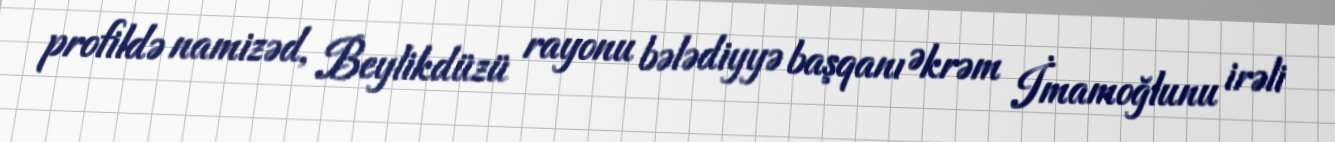
profildə namizəd, Beylikdüzü rayonu bələdiyyə başqanı Əkrəm İmamoğlunu irəli